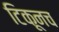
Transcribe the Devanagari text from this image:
टिकूनच